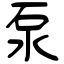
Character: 泵